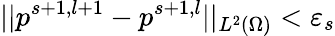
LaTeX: ||p^{s+1,l+1}-p^{s+1,l}||_{L^{2}(\Omega)}<\varepsilon_{s}